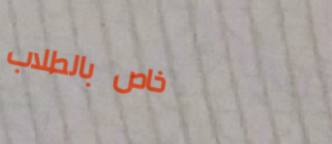
خاص بالطلاب